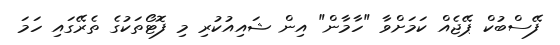
ފޭސްބުކް ޕޭޖެއް ކަމަށްވާ "ހާމާން" އިން ޝައިއުކުރި މި ފޮޓޯތަކުގެ ތެރޭގައި ހަމަ